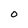
Character: 0